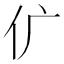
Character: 𠆲